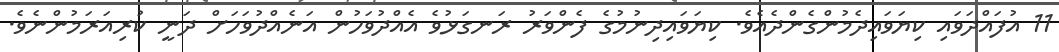
11 އުފައްދަވައި ކިޔަވައިދެމުންގެންދެއެވެ. ކިޔަވައިދިނުމުގެ ފެންވަރު ރަނގަޅުވެ އެއްދުވަހުން އަނެއްދުވަހަށް ދަނީ ކުރިއަރަމުންނެވެ.